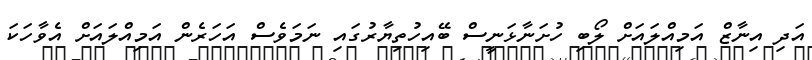
އަދި އިނާޒް އަމިއްލައަށް ލޯބި ހުށަނާޅަނީސް ބޭއިހުތިޔާރުގައި ނަމަވެސް އަހަރެން އަމިއްލައަށް އެވާހަކަ